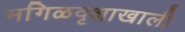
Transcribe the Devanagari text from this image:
मगिळवृक्षाखाली